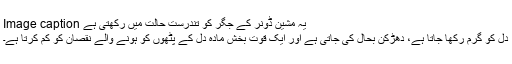
Image caption یہ مشین ڈونر کے جگر کو تندرست حالت میں رکھتی ہے
دل کو گرم رکھا جاتا ہے، دھڑکن بحال کی جاتی ہے اور ایک قوت بخش مادہ دل کے پٹھوں کو ہونے والے نقصان کو کم کرتا ہے۔